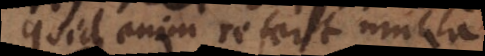
Quid enim refert multa